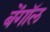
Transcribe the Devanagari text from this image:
बेंगाॅल